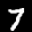
Label: 7